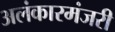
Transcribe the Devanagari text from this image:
अलंकारमंजरी